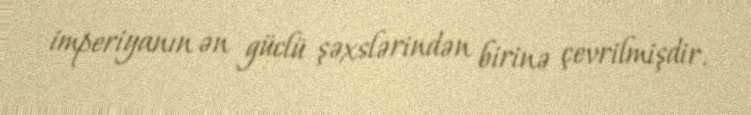
imperiyanın ən güclü şəxslərindən birinə çevrilmişdir.